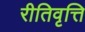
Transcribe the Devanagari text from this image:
रीतिवृत्ति